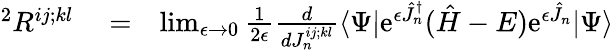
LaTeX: \begin{array}{rlr}{{}^{2}R^{ij;kl}}&{{}=}&{\operatorname*{lim}_{\epsilon\rightarrow 0}\frac{1}{2\epsilon}\frac{d}{dJ_{n}^{ij;kl}}\langle\Psi|\mathrm{e}^{\epsilon\hat{J}_{n}^{\dagger}}(\hat{H}-E)\mathrm{e}^{\epsilon\hat{J}_{n}}|\Psi\rangle}\end{array}